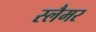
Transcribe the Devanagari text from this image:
स्लैमर